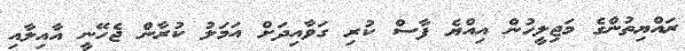
ރައްޔިތުންގެ މަޖިލީހުން އިއްޔެ ފާސް ކުރި ގަވާއިދަށް އަމަލު ކުރާން ޖެހޭނީ އާއިލާއި